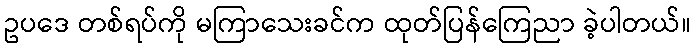
ဥပဒေ တစ်ရပ်ကို မကြာသေးခင်က ထုတ်ပြန်ကြေညာ ခဲ့ပါတယ်။